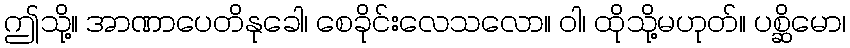
ဤသို့။ အာဏာပေတိနုခေါ၊ စေခိုင်းလေသလော။ ဝါ၊ ထိုသို့မဟုတ်။ ပစ္ဆိမော၊